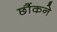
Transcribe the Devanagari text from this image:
छौंकने